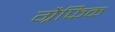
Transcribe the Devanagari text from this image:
ग्रैफिक